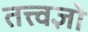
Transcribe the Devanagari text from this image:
तत्त्वज्ञो